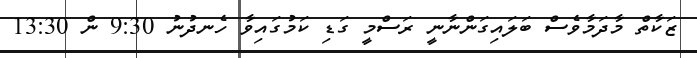
ޒަކާތް މާދަމާވެސް ބަލައިގަންނާނީ ރަސްމީ ގަޑި ކަމުގައިވާ ހެނދުނު 9:30 ން 13:30